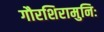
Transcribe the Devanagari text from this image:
गौरशिरामुनिः